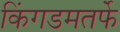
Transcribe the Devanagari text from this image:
किंगडमतर्फे